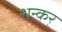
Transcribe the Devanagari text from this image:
शन्कर्